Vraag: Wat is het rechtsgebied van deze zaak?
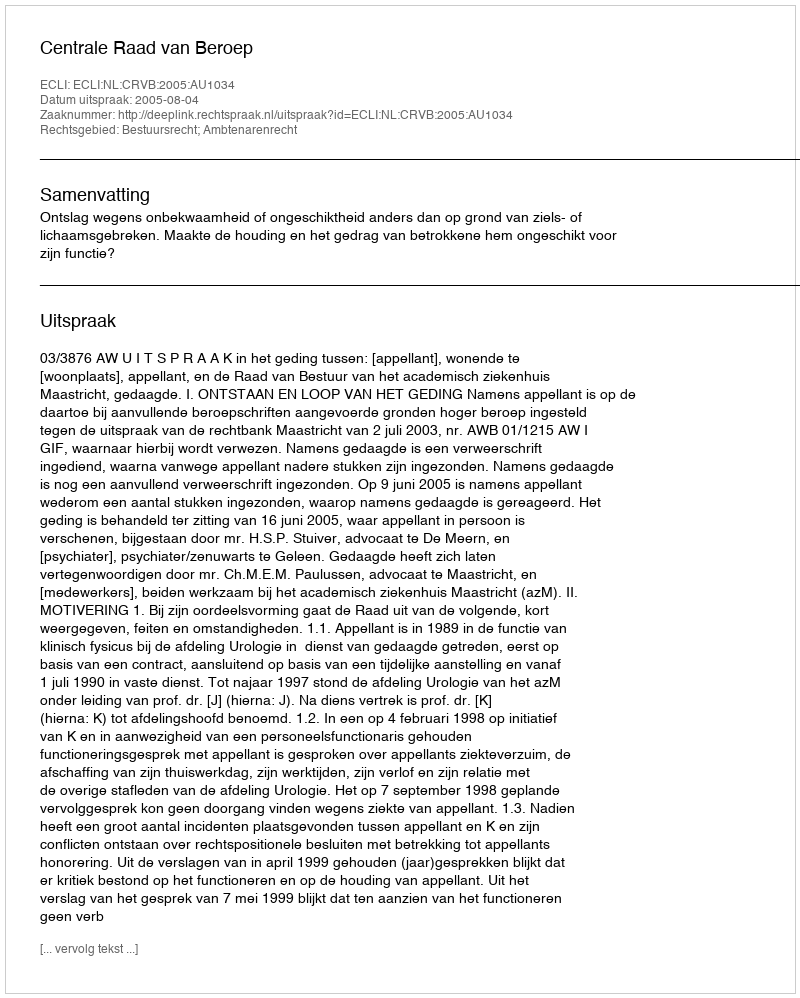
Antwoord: Bestuursrecht; Ambtenarenrecht